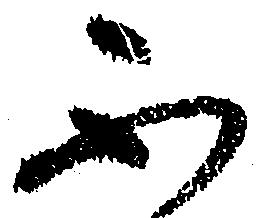
不